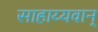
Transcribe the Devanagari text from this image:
साहाय्यवान्